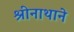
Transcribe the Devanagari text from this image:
श्रीनाथाने